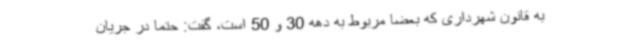
به قانون شهرداری که بعضا مربوط به دهه 30 و 50 است، گفت: حتما در جریان